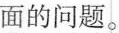
面的问题。